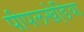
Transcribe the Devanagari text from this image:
पीपलखेडि़या